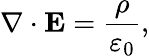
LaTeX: \nabla\cdot{\mathbf{E}}=\frac{\rho}{{{\varepsilon_{0}}}},